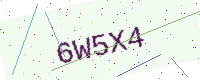
Text: 6W5X4